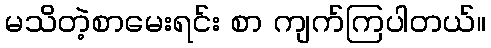
မသိတဲ့စာမေးရင်း စာ ကျက်ကြပါတယ်။